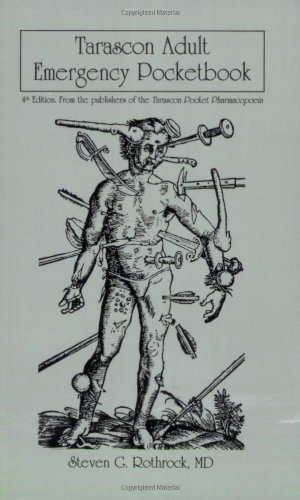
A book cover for Tarascon Adult Emergency Pocketbook; Dr. Steven G. Rothrock; Reference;